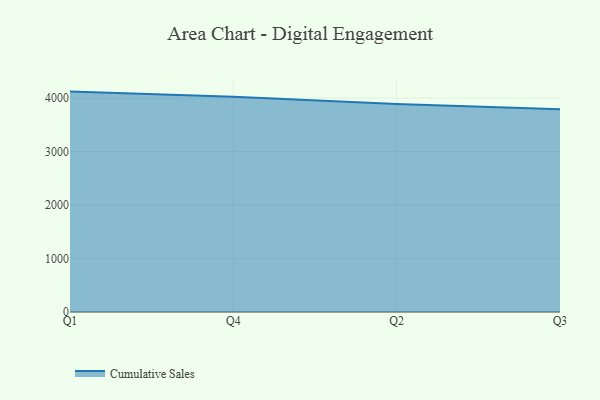
{"axis": {"x": "Quarter", "y": "Gross Profit (USD K)"}, "legend": ["Cumulative Sales"], "data": [{"x": "Q1", "y": 4119.0, "type": "Cumulative Sales"}, {"x": "Q4", "y": 4021.7, "type": "Cumulative Sales"}, {"x": "Q2", "y": 3885.6, "type": "Cumulative Sales"}, {"x": "Q3", "y": 3788.9, "type": "Cumulative Sales"}]}